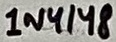
Text: 1N4148